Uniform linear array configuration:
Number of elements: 64
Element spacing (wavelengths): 0.75
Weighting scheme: kaiser
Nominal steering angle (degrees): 45
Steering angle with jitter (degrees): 43.859
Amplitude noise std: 0.05
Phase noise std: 0.05

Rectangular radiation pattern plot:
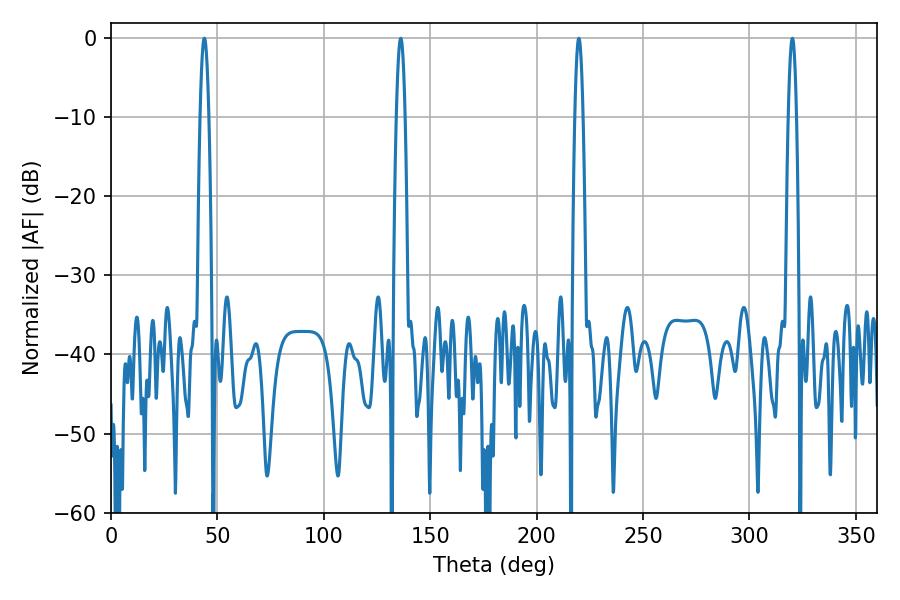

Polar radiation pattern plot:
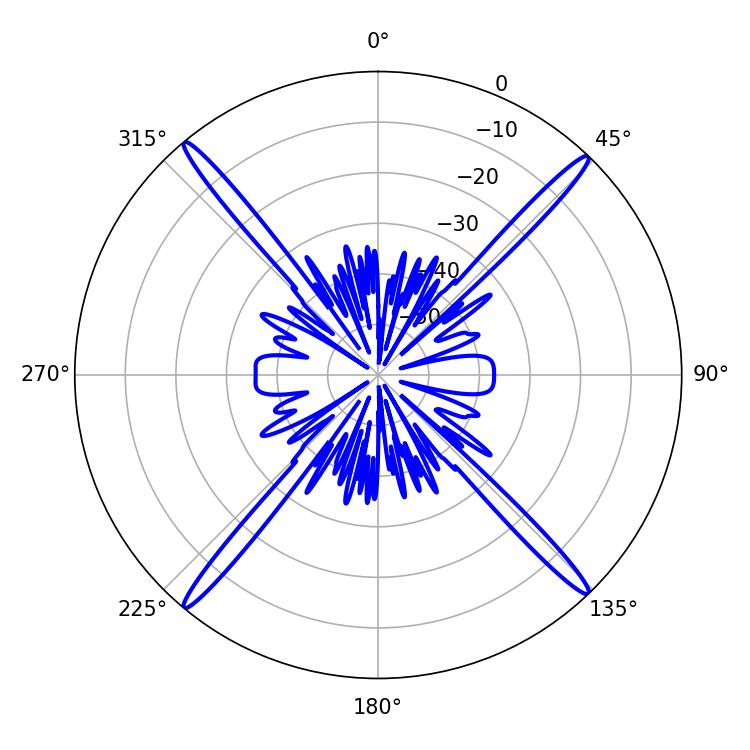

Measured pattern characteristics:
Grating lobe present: TRUE
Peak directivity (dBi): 24.04
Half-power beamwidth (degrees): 1.98
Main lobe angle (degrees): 219.78